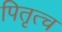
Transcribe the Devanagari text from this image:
पितृत्च